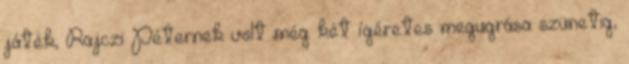
játék, Rajczi Péternek volt még két ígéretes megugrása szünetig,